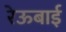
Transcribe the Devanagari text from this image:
रेऊबाई